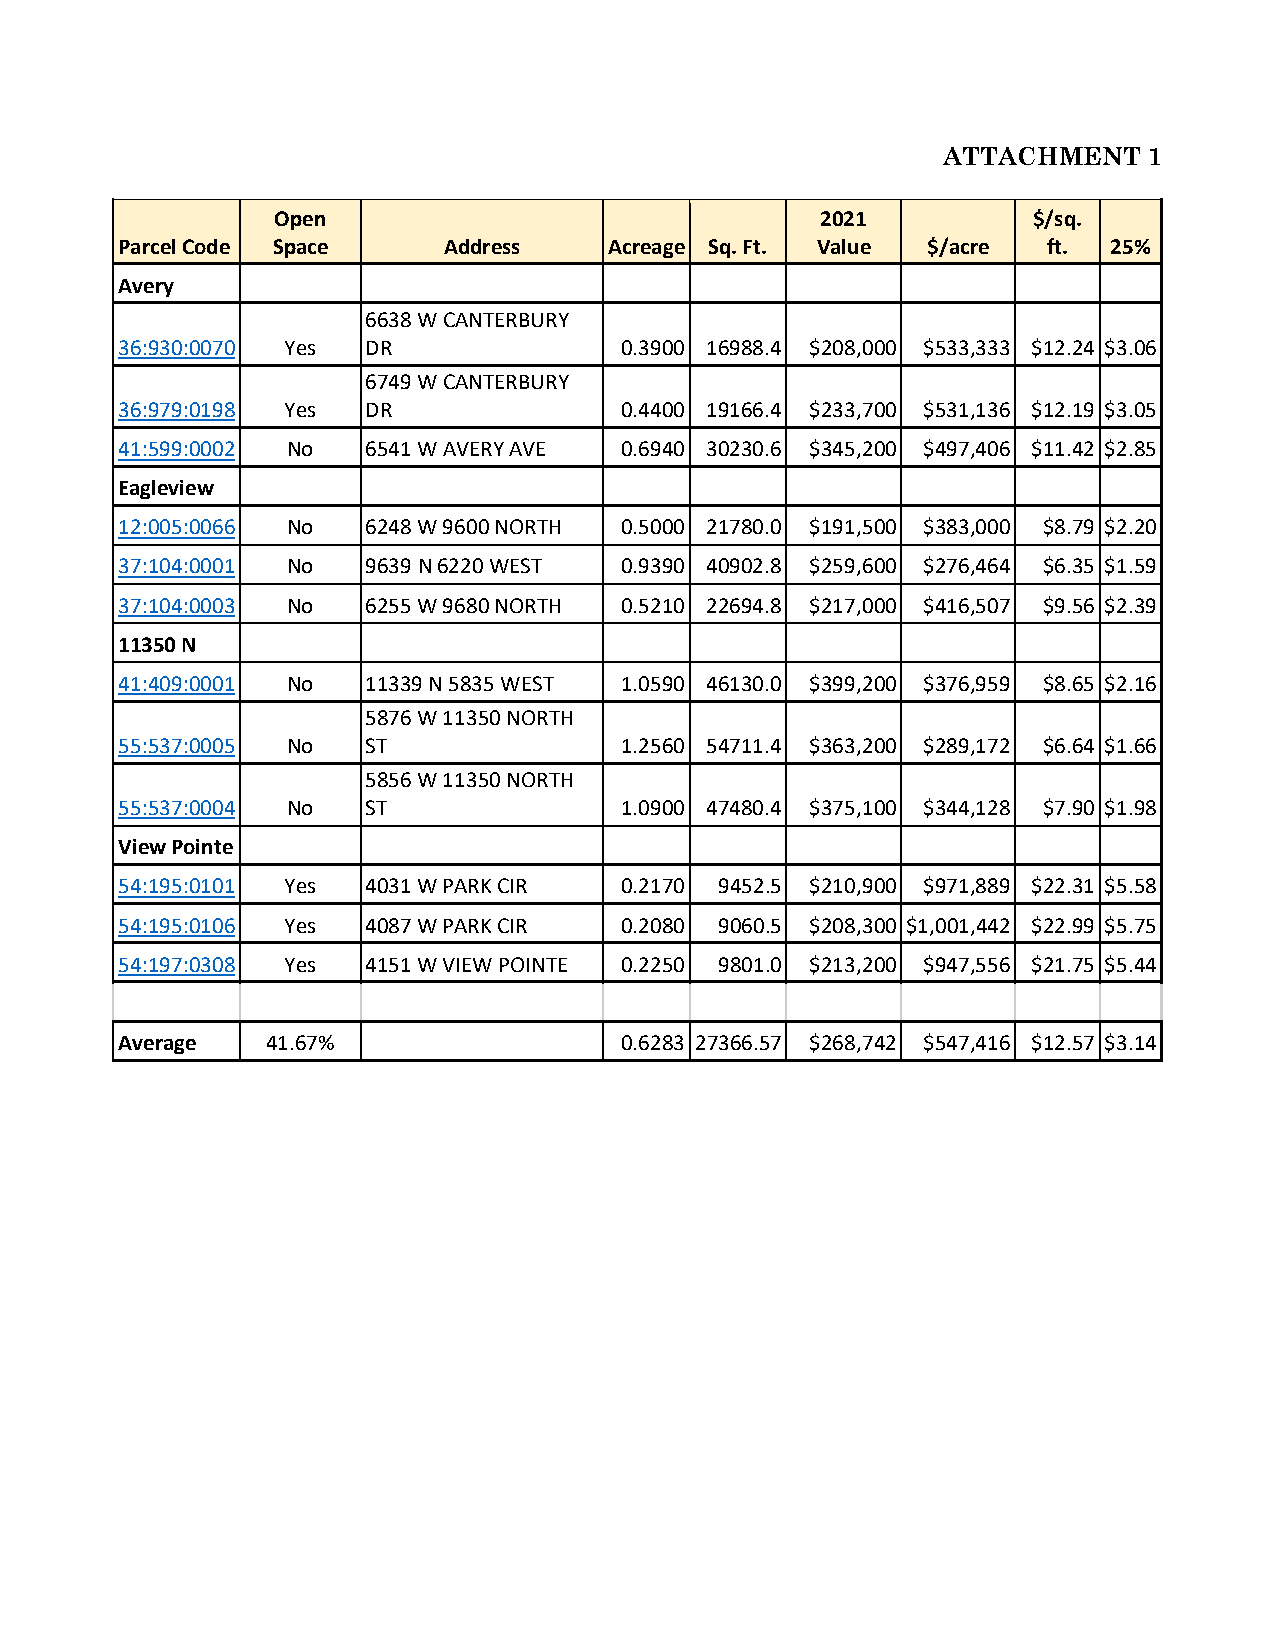
ATTACHMENT    1
 Open                                2021          $/sq.
 Parcel Code Space    Address    Acreage Sq. Ft. Value $/acre ft.  25%
 Avery
 6638 W CANTERBURY
 36:930:0070 Yes DR               0.3900 16988.4 $208,000 $533,333 $12.24 $3.06
 6749 W CANTERBURY
 36:979:0198 Yes DR               0.4400 19166.4 $233,700 $531,136 $12.19 $3.05
 41:599:0002 No  6541 W AVERY AVE 0.6940 30230.6 $345,200 $497,406 $11.42 $2.85
 Eagleview
 12:005:0066 No  6248 W 9600 NORTH 0.5000 21780.0 $191,500 $383,000 $8.79 $2.20
 37:104:0001 No  9639 N 6220 WEST 0.9390 40902.8 $259,600 $276,464 $6.35 $1.59
 37:104:0003 No  6255 W 9680 NORTH 0.5210 22694.8 $217,000 $416,507 $9.56 $2.39
 11350 N
 41:409:0001 No  11339 N 5835 WEST 1.0590 46130.0 $399,200 $376,959 $8.65 $2.16
 5876 W 11350 NORTH
 55:537:0005 No  ST               1.2560 54711.4 $363,200 $289,172 $6.64 $1.66
 5856 W 11350 NORTH
 55:537:0004 No  ST               1.0900 47480.4 $375,100 $344,128 $7.90 $1.98
 View Pointe
 54:195:0101 Yes 4031 W PARK CIR  0.2170 9452.5 $210,900 $971,889 $22.31 $5.58
 54:195:0106 Yes 4087 W PARK CIR  0.2080 9060.5 $208,300 $1,001,442 $22.99 $5.75
 54:197:0308 Yes 4151 W VIEW POINTE 0.2250 9801.0 $213,200 $947,556 $21.75 $5.44
 Average   41.67%                 0.6283 27366.57 $268,742 $547,416 $12.57 $3.14